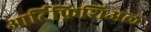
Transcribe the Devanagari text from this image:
आर्टिफ़िशिअल